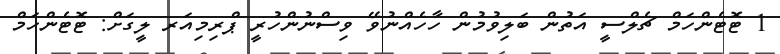
1 ޓޮޓެންހަމް ޗެލްސީ އަތުން ބަލިވުމުން ހާހެއްނުވޭ ވިސްނުންހުރީ ޕްރިމިއަރ ލީގަށް: ޓޮޓެންހަމް